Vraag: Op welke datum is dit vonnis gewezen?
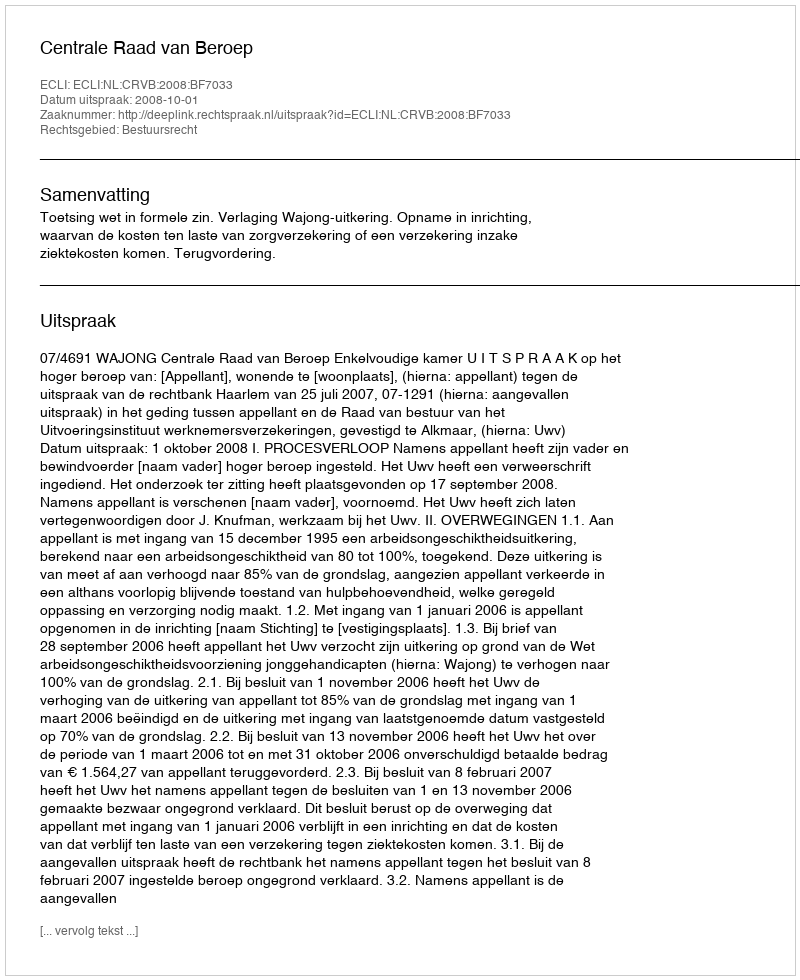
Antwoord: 2008-10-01